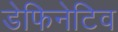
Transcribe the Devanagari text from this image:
डेफिनेटिव